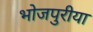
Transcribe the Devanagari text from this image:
भोजपुरीया